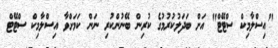
"އިސްލާމިކް ސްޓޭޓް" އަށް ބަދަލުކުރުމުގެ ކުރިން ބޭނުންކުރި ނަން ކަމަށްވާ އިސްލާމިކް ސްޓޭޓް